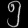
Digit: ၅